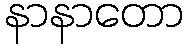
နာနာတော